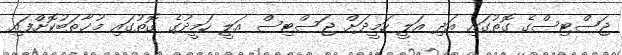
ޖަސްޓިސްގެ ގޮތުގައި އަދި އަލީ ހަމީދަށް ޖަސްޓިސް އަލީ ހަމީދުގެ ގޮތުގައި މުޚާތަބުކޮށްފައި